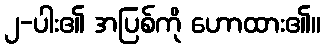
၂-ပါး၏ အပြစ်ကို ဟောထား၏။